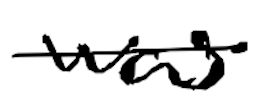
Text: was
Cross-out: single-line
Writing tool: digital_black